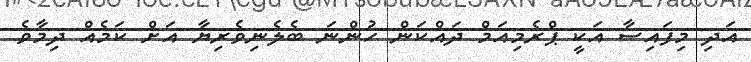
އަދި މިފައިސާ އަކީ ޕްރެމިއަމް ދައްކަން ހުންނަ ބެލެނިވެރިޔާ އަށް ކަމެއް ދިމާވެ